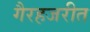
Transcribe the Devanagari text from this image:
गैरहजरीत